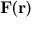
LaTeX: \mathbf { F } ( \mathbf { r } )